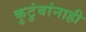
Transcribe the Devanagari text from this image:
कुटुंबांनाही